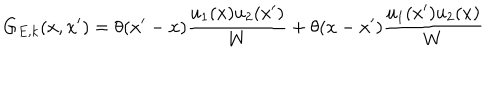
G _ { E , k } ( x , x ^ { \prime } ) = \theta ( x ^ { \prime } - x ) \frac { u _ { 1 } ( x ) u _ { 2 } ( x ^ { \prime } ) } { W } + \theta ( x - x ^ { \prime } ) \frac { u _ { 1 } ( x ^ { \prime } ) u _ { 2 } ( x ) } { W }